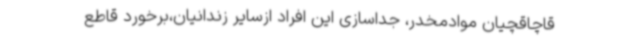
قاچاقچیان موادمخدر، جداسازی این افراد ازسایر زندانیان،برخورد قاطع